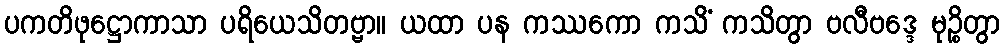
ပကတိဖုဋ္ဌောကာသာ ပရိယေသိတဗ္ဗာ။ ယထာ ပန ကဿကော ကသိံ ကသိတွာ ဗလီဗဒ္ဒေ မုဉ္စိတွာ